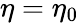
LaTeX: \eta=\eta_{0}